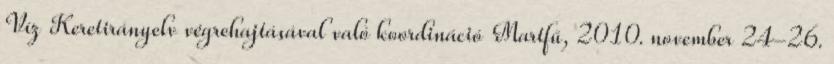
Víz Keretirányelv végrehajtásával való koordináció Martfű, 2010. november 24-26.